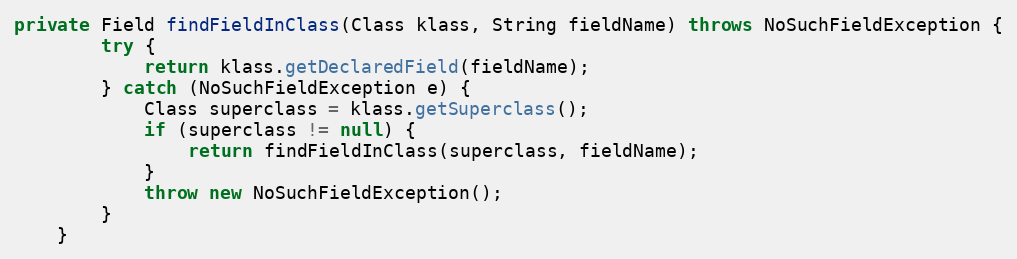
Language: Java
private Field findFieldInClass(Class klass, String fieldName) throws NoSuchFieldException {
        try {
            return klass.getDeclaredField(fieldName);
        } catch (NoSuchFieldException e) {
            Class superclass = klass.getSuperclass();
            if (superclass != null) {
                return findFieldInClass(superclass, fieldName);
            }
            throw new NoSuchFieldException();
        }
    }